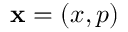
\mathbf { x } = ( x , p )